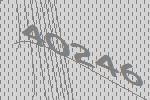
40246